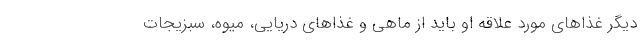
دیگر غذاهای مورد علاقه او باید از ماهی و غذاهای دریایی، میوه، سبزیجات